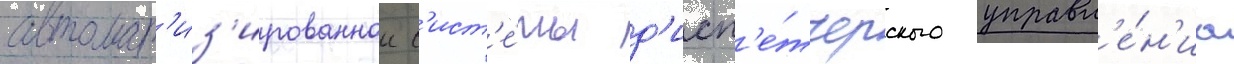
автомат'из'ированнои с'ист'е́мы д'исп'е́тчерского управл'е́н'иа